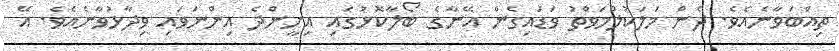
ތިއްބަވާނެއެވެ. ދެން މަލަކުލްމަވްތު ވަޑައިގެން އޭނާގެ ބޯލާކޮޅުގައި އިށީންދެ އިންނަވައި ވިދާޅުވާނެއެވެ. އޭ